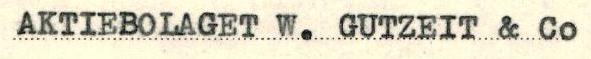
AKTIEBOLAGET W. GUTZEIT & Co